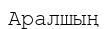
Аралшың